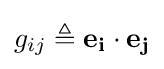
g_{ij}\triangleq \mathbf {e_{i}} \cdot \mathbf {e_{j}}